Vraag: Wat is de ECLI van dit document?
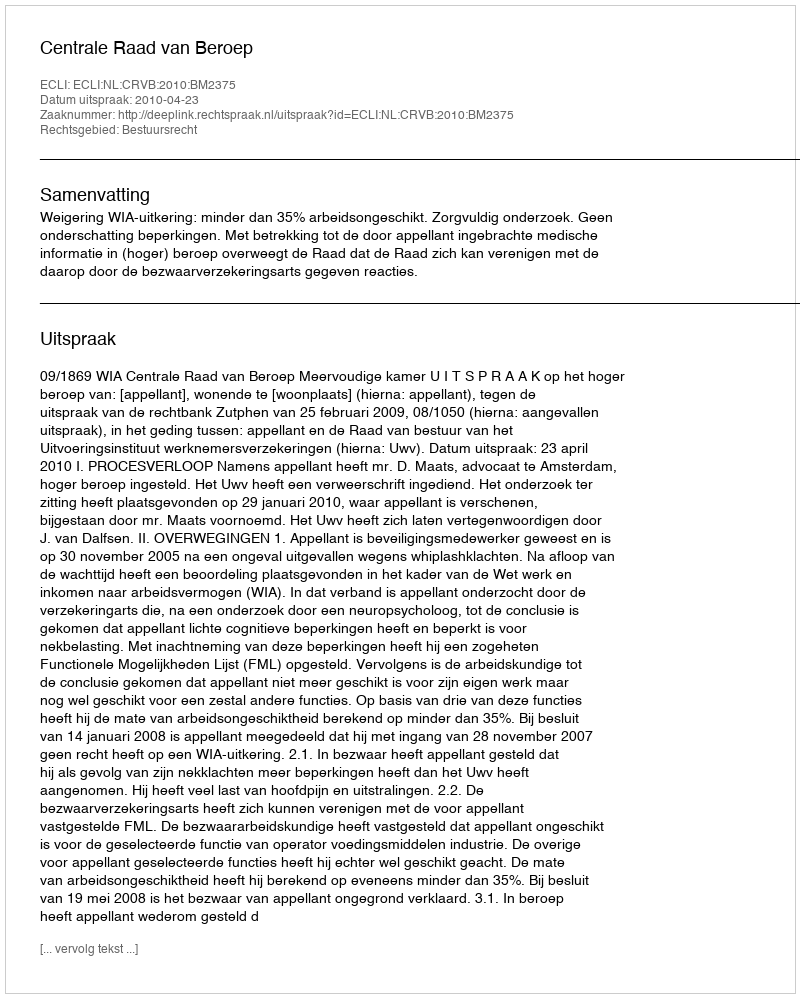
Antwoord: ECLI:NL:CRVB:2010:BM2375